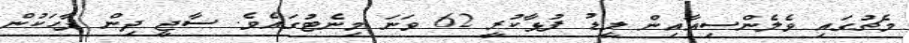
މެޗުގައި ވެލެންސިއާއިން ލީޑު ފުޅާކުރީ 62 ވަނަ މިނެޓުގައެވެ. ސާޖީ ދިން ޕާހަކުން